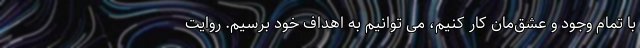
با تمام وجود و عشق‌مان کار کنیم، می توانیم به اهداف خود برسیم. روایت